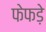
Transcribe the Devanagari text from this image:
फेफडे़